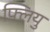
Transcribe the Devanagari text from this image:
फ्लियु